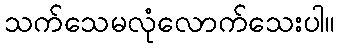
သက်သေမလုံလောက်သေးပါ။